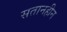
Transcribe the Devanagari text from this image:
सतानहीन